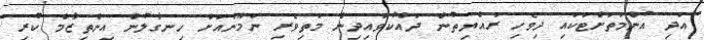
އަދި އުންމަތަށްޓަކައި ދިވެހި ރައްޔިތުން ދައްކުވައިިދިން މަތިވެރި ނަމޫނާއަށް ހިނގާލުން އިންތިޒާމް ކުރި